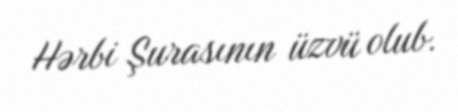
Hərbi Şurasının üzvü olub.